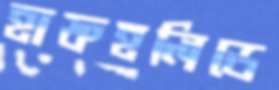
হাফহলিডে